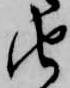
由